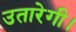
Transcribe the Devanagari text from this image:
उतारेगी।